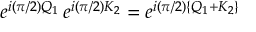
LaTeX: e ^ { i ( \pi / 2 ) Q _ { 1 } } \, e ^ { i ( \pi / 2 ) K _ { 2 } } = e ^ { i ( \pi / 2 ) \{ Q _ { 1 } + K _ { 2 } \} }